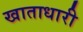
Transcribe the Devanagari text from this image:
खाताधारी